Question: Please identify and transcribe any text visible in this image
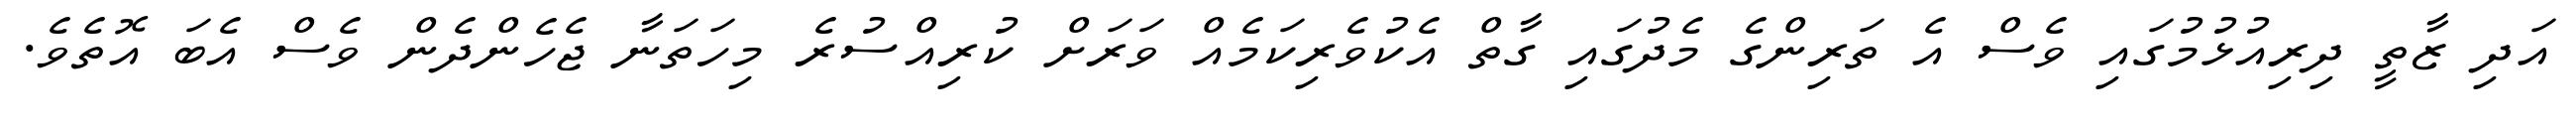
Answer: އަދި ޒާތީ ދިރިއުޅުމުގައި ވެސް އެ ތަރިންގެ މެދުގައި ގާތް އެކުވެރިކަމެއް ވަރަށް ކުރިއްސުރެ މިހަތަނާ ޖެހެންދެން ވެސް އެބަ އޮތެވެ.